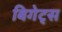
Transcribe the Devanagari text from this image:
बिगेट्स